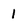
Character: 1